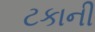
ટકાની